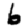
Digit: 6